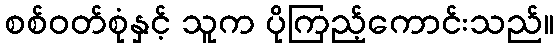
စစ်ဝတ်စုံနှင့် သူက ပိုကြည့်ကောင်းသည်။